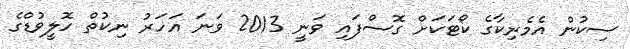
ސިކުން އެމެރިކާގެ ކޯޓަކަށް ގޮސްފައި ވަނީ 2013 ވަނަ އަހަރު ނިކުތް ހޮލީވުޑްގެ